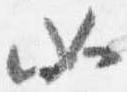
如